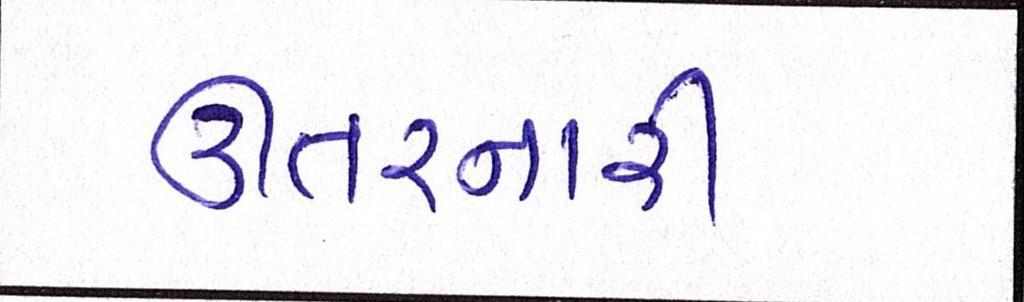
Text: ઊતરનારી